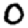
Digit: 0